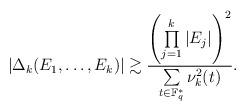
LaTeX: \begin{align*} |\Delta_k(E_1,\ldots,E_k)|\gtrsim \frac{\left(\prod\limits_{j=1}^k |E_j|\right)^2}{\sum\limits_{t\in \mathbb F_q^*} \nu_k^2(t)}.\end{align*}